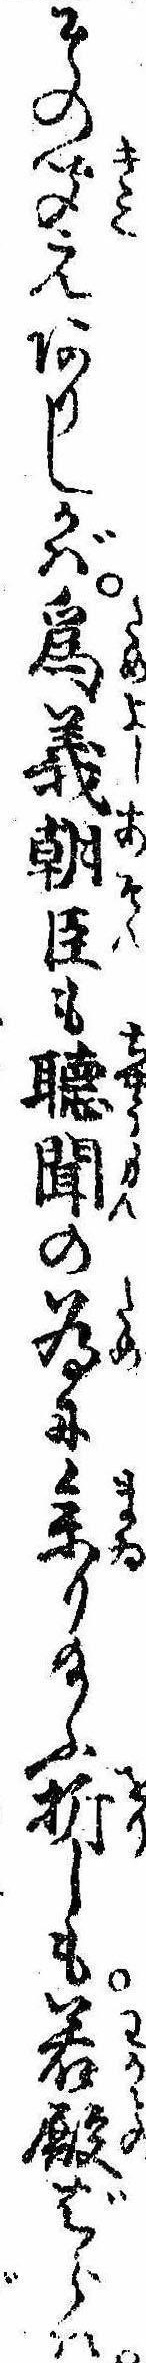
その聞えありしかば為義朝臣も聴聞の為に参り給ふ折しも若殿ばらは